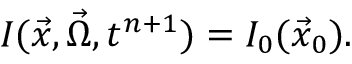
I ( \vec { x } , \vec { \Omega } , t ^ { n + 1 } ) = I _ { 0 } ( \vec { x } _ { 0 } ) .